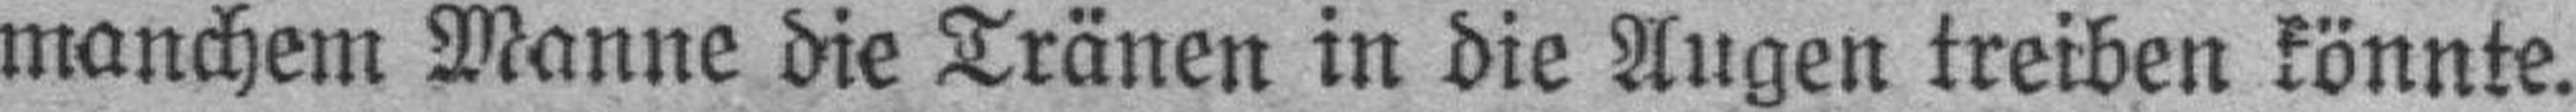
manchem Manne die Tränen in die Augen treiben könnte.